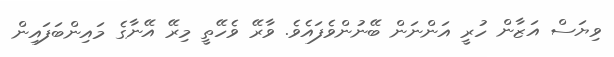
ވިޔަސް އަޒާން ހުރީ އަންނަން ބޭނުންވެފައެވެ. ވާރޭ ވެހޭތީ މިރޭ އޭނާގެ މައިންބަފައިން